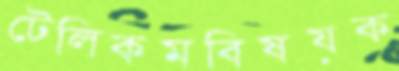
টেলিকমবিষয়ক